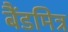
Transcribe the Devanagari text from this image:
बैंडमित्र